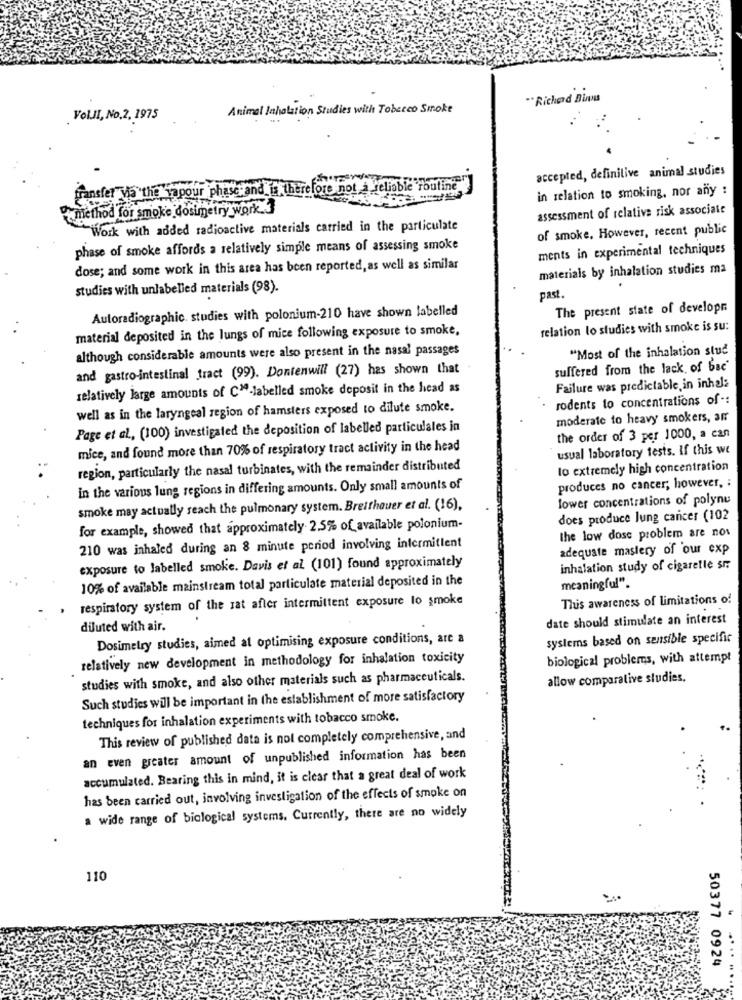
" Richard Binu
Animal Inhalation Studies with Tobacco Smoke
VolJI, No.2, 1975
accepted, definitive animal studies
transfer via the vapour phasc and is therefore not a reliable routine
in relation to smoking, nor any :
method for smoke dosimetry work 3
assessment of relative risk associate
Work with added radioactive materials carried in the particulate
of smoke. However, recent public
phase of smoke affords a relatively simple means of assessing smoke
ments in experimental techniques
dose; and some work in this area has been reported, as well as similar
materials by inhalation studies ma
studies with unlabelled materials (98).
past.
Autoradiographic. studies with polonium-210 have shown labelled
The present state of developn
material deposited in the lungs of mice following exposure to smoke,
relation lo studies with smoke is su:
although considerable amounts were also present in the nasal passages
"Most of the inhalation stud
and gastro-intestinal tract (99). Dontenwill (27) has shown that
suffered from the lack of bac'
relatively large amounts of CM-labelled smoke deposit in the head as
Failure was predictable, in inhala
rodents to concentrations of -:
well as in the laryngeal region of hamsters exposed to dilute smoke.
moderate to heavy smokers, am
Page et al ., (100) investigated the deposition of labelled particulales in
the order of 3 per 1000, a can
mice, and found more than 70% of respiratory tract activity in the head
usual laboratory tests. If this we
region, particularly the nasal turbinates, with the remainder distributed
lo extremely high concentration
in the various lung regions in differing amounts. Only small amounts of
produces no cancer; however, :
lower concentrations of polynu
smoke may actually reach the pulmonary system. Breithauer et al. (16),
does produce lung cancer (102
for example, showed that approximately 2.5% of available polonium-
the low dose problem are nos
210 was inhaled during an 8 minute period involving intermittent
adequate mastery of our exp
exposure to labelled smoke. Davis et al (101) found approximately
inhalation study of cigaretle sr.
10% of available mainstream total particulate material deposited in the
meaningful".
respiratory system of the rat after intermittent exposure to smoke
This awareness of limitations of
date should stimulate an interest
diluted with air.
Dosimetry studies, aimed at optimising exposure conditions, are a
systems based on sensible specific
relatively new development in methodology for inhalation toxicity
biological problems, with attempt
studies with smoke, and also other materials such as pharmaceuticals.
allow comparative studies.
Such studies will be important in the establishment of more satisfactory
techniques for inhalation experiments with tobacco smoke.
This review of published data is not completely comprehensive, and
an even greater amount of unpublished information has been
accumulated. Bearing this in mind, it is clear that a great deal of work
has been carried out, involving investigation of the effects of smoke on
a wide range of biological systems. Currently, there are no widely
110
...
50377 0924
..